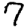
Digit: 7